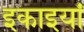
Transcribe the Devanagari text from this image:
इकाइयांँ